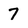
Character: 7